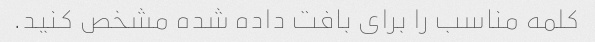
کلمه مناسب را برای بافت داده شده مشخص کنید.